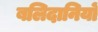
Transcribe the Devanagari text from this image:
बलिदानियों